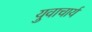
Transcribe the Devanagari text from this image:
युवाचार्य